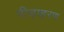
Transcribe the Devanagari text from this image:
पीड़ाहरण